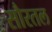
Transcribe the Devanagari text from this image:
सौरतल